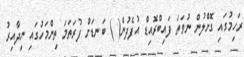
ރަހިމުގައި ގޮށްލުން ނުވަތަ ފައިބްރޮއިޑް އުފެދުން( ) ބަނޑަށް ފުރަތަމަ ތިންމަހުގައި ނިދާއިރު